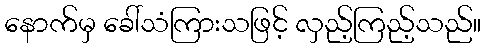
နောက်မှ ခေါ်သံကြားသဖြင့် လှည့်ကြည့်သည်။